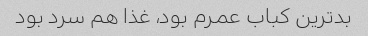
بدترین کباب عمرم بود، غذا هم سرد بود